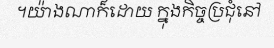
។យ៉ាងណាក៏ដោយ ក្នុងកិច្ចប្រជុំនៅ